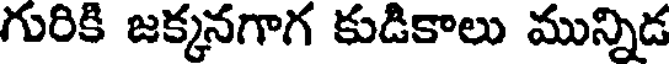
గురికి జక్కనగాగ కుడికాలు మున్నిడ